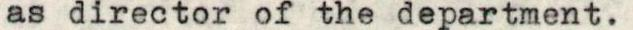
as director of the department.